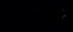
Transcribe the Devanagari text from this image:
सेवेरे